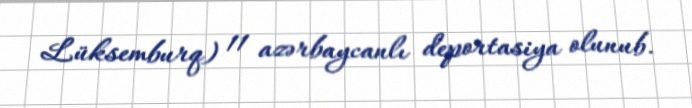
Lüksemburq) 11 azərbaycanlı deportasiya olunub.